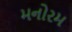
મનોરમ